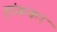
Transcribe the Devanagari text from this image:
हांककर